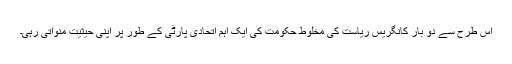
اس طرح سے دو بار کانگریس ریاست کی مخلوط حکومت کی ایک اہم اتحادی پارٹی کے طور پر اپنی حیثیت منواتی رہی۔